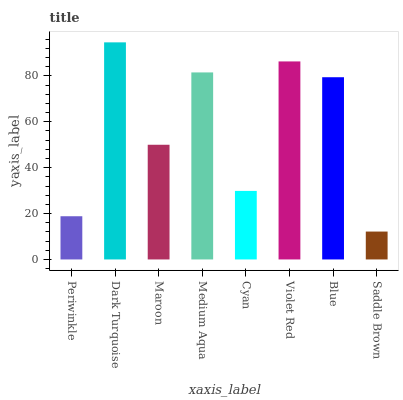
| xaxis_label | bars |
 | --- | --- |
 | Periwinkle | 18.8 |
 | Dark Turquoise | 94.6 |
 | Maroon | 50 |
 | Medium Aqua | 81.5 |
 | Cyan | 29.9 |
 | Violet Red | 86.3 |
 | Blue | 79.4 |
 | Saddle Brown | 12.2 |